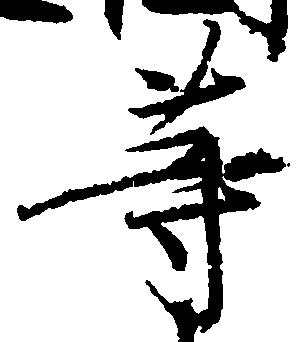
等